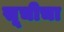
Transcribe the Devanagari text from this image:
सूचीचा